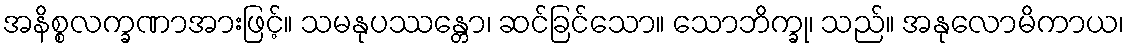
အနိစ္စလက္ခဏာအားဖြင့်။ သမနုပဿန္တော၊ ဆင်ခြင်သော။ သောဘိက္ခု၊ သည်။ အနုလောမိကာယ၊